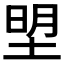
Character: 𭎮